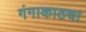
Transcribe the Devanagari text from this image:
गंगाकाठचा